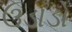
ઉડાડો